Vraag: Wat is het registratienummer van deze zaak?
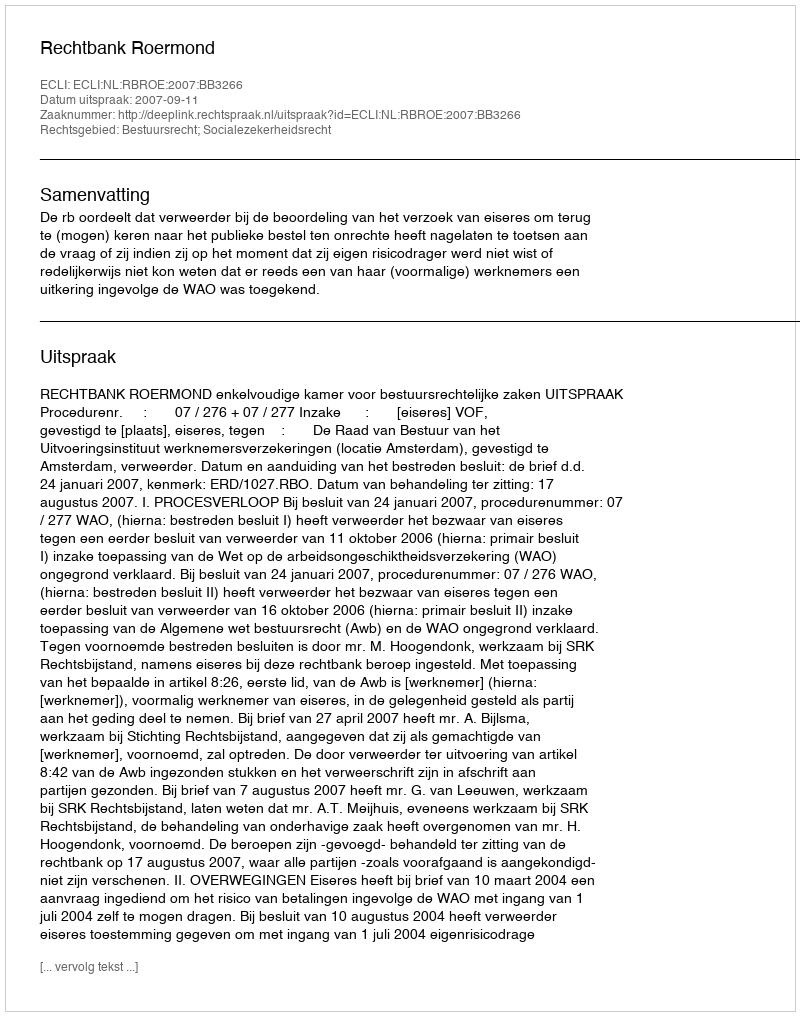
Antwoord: http://deeplink.rechtspraak.nl/uitspraak?id=ECLI:NL:RBROE:2007:BB3266